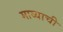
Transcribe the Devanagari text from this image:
माव्याची